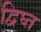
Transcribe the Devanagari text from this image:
द्विघ्त